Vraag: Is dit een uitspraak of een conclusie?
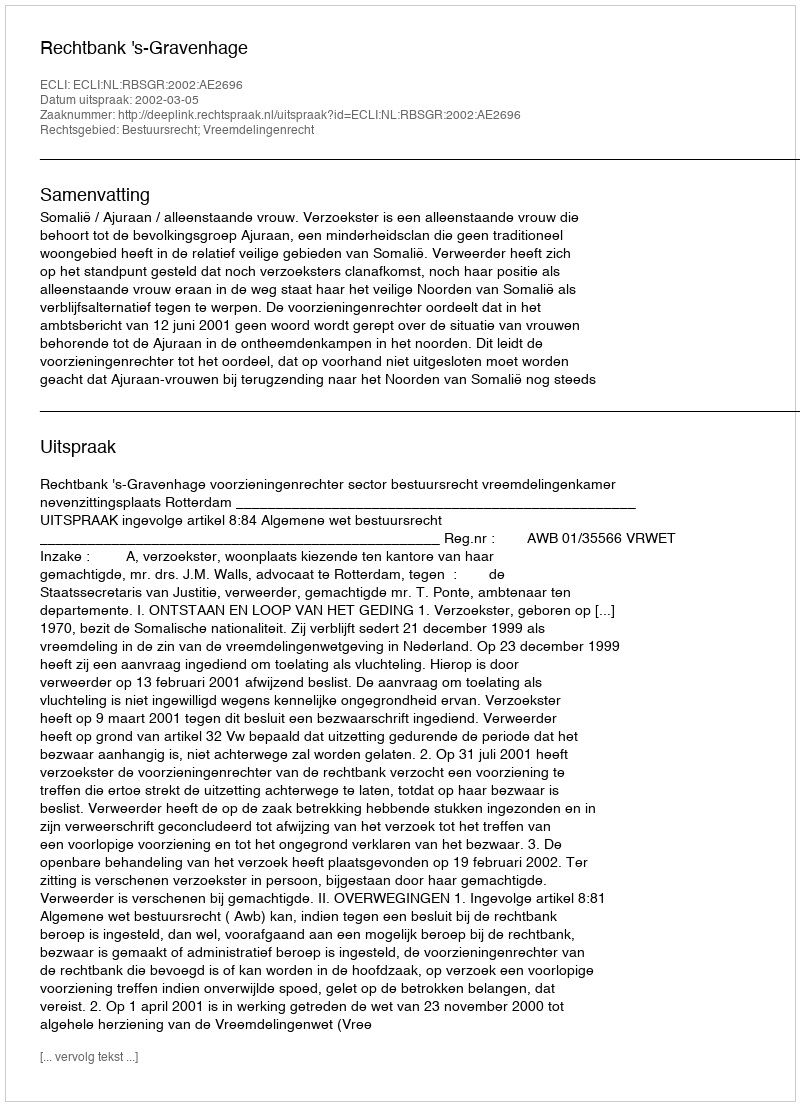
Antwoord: Uitspraak